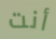
أنت